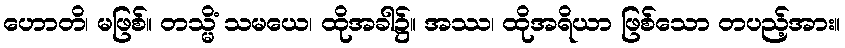
ဟောတိ၊ မဖြစ်။ တသ္မိံ သမယေ၊ ထိုအခါ၌။ အဿ၊ ထိုအရိယာ ဖြစ်သော တပည့်အား။